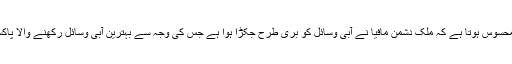
اس کی بڑی وجہ ذرائع آب کی کمی نہیں بلکہ یوں محسوس ہوتا ہے کہ ملک دشمن مافیا نے آبی وسائل کو بری طرح جکڑا ہوا ہے جس کی وجہ سے بہترین آبی وسائل رکھنے والا پاکستان مشکل ترین صورتحال سے دوچار ہو چکا ہے۔